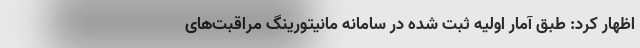
اظهار کرد: طبق آمار اولیه ثبت شده در سامانه مانیتورینگ مراقبت‌های